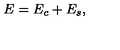
E = E _ { c } + E _ { s } ,